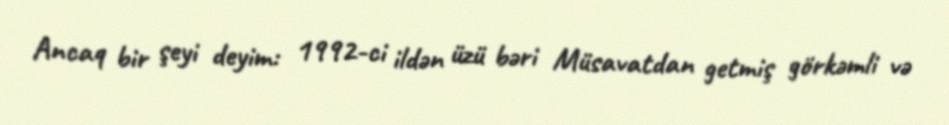
Ancaq bir şeyi deyim: 1992-ci ildən üzü bəri Müsavatdan getmiş görkəmli və